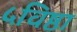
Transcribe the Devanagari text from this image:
५विष्ठा